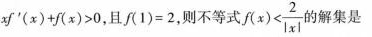
$$x f ^ { \prime } ( x ) + f ( x ) > 0$$， 且$$f ( 1 ) = 2$$，则不等式$$f ( x ) < \frac { 2 } { \left | x \right | }$$的解集是